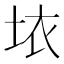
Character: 𱖨